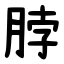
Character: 脖